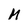
Character: M